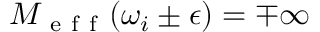
M _ { \mathrm { ~ e ~ f ~ f ~ } } ( \omega _ { i } \pm \epsilon ) = \mp \infty